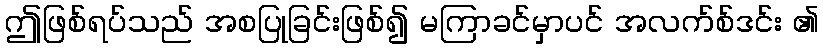
ဤဖြစ်ရပ်သည် အစပြုခြင်းဖြစ်၍ မကြာခင်မှာပင် အလက်စ်ဒင်း ၏